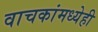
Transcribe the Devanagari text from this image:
वाचकांमध्येही